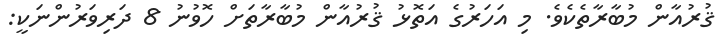
ޤުރުއާން މުބާރާތެކެވެ. މި އަހަރުގެ އަތޮޅު ޤުރުއާން މުބާރާތަށް ހޮވުނު 8 ދަރިވަރުންނަކީ: